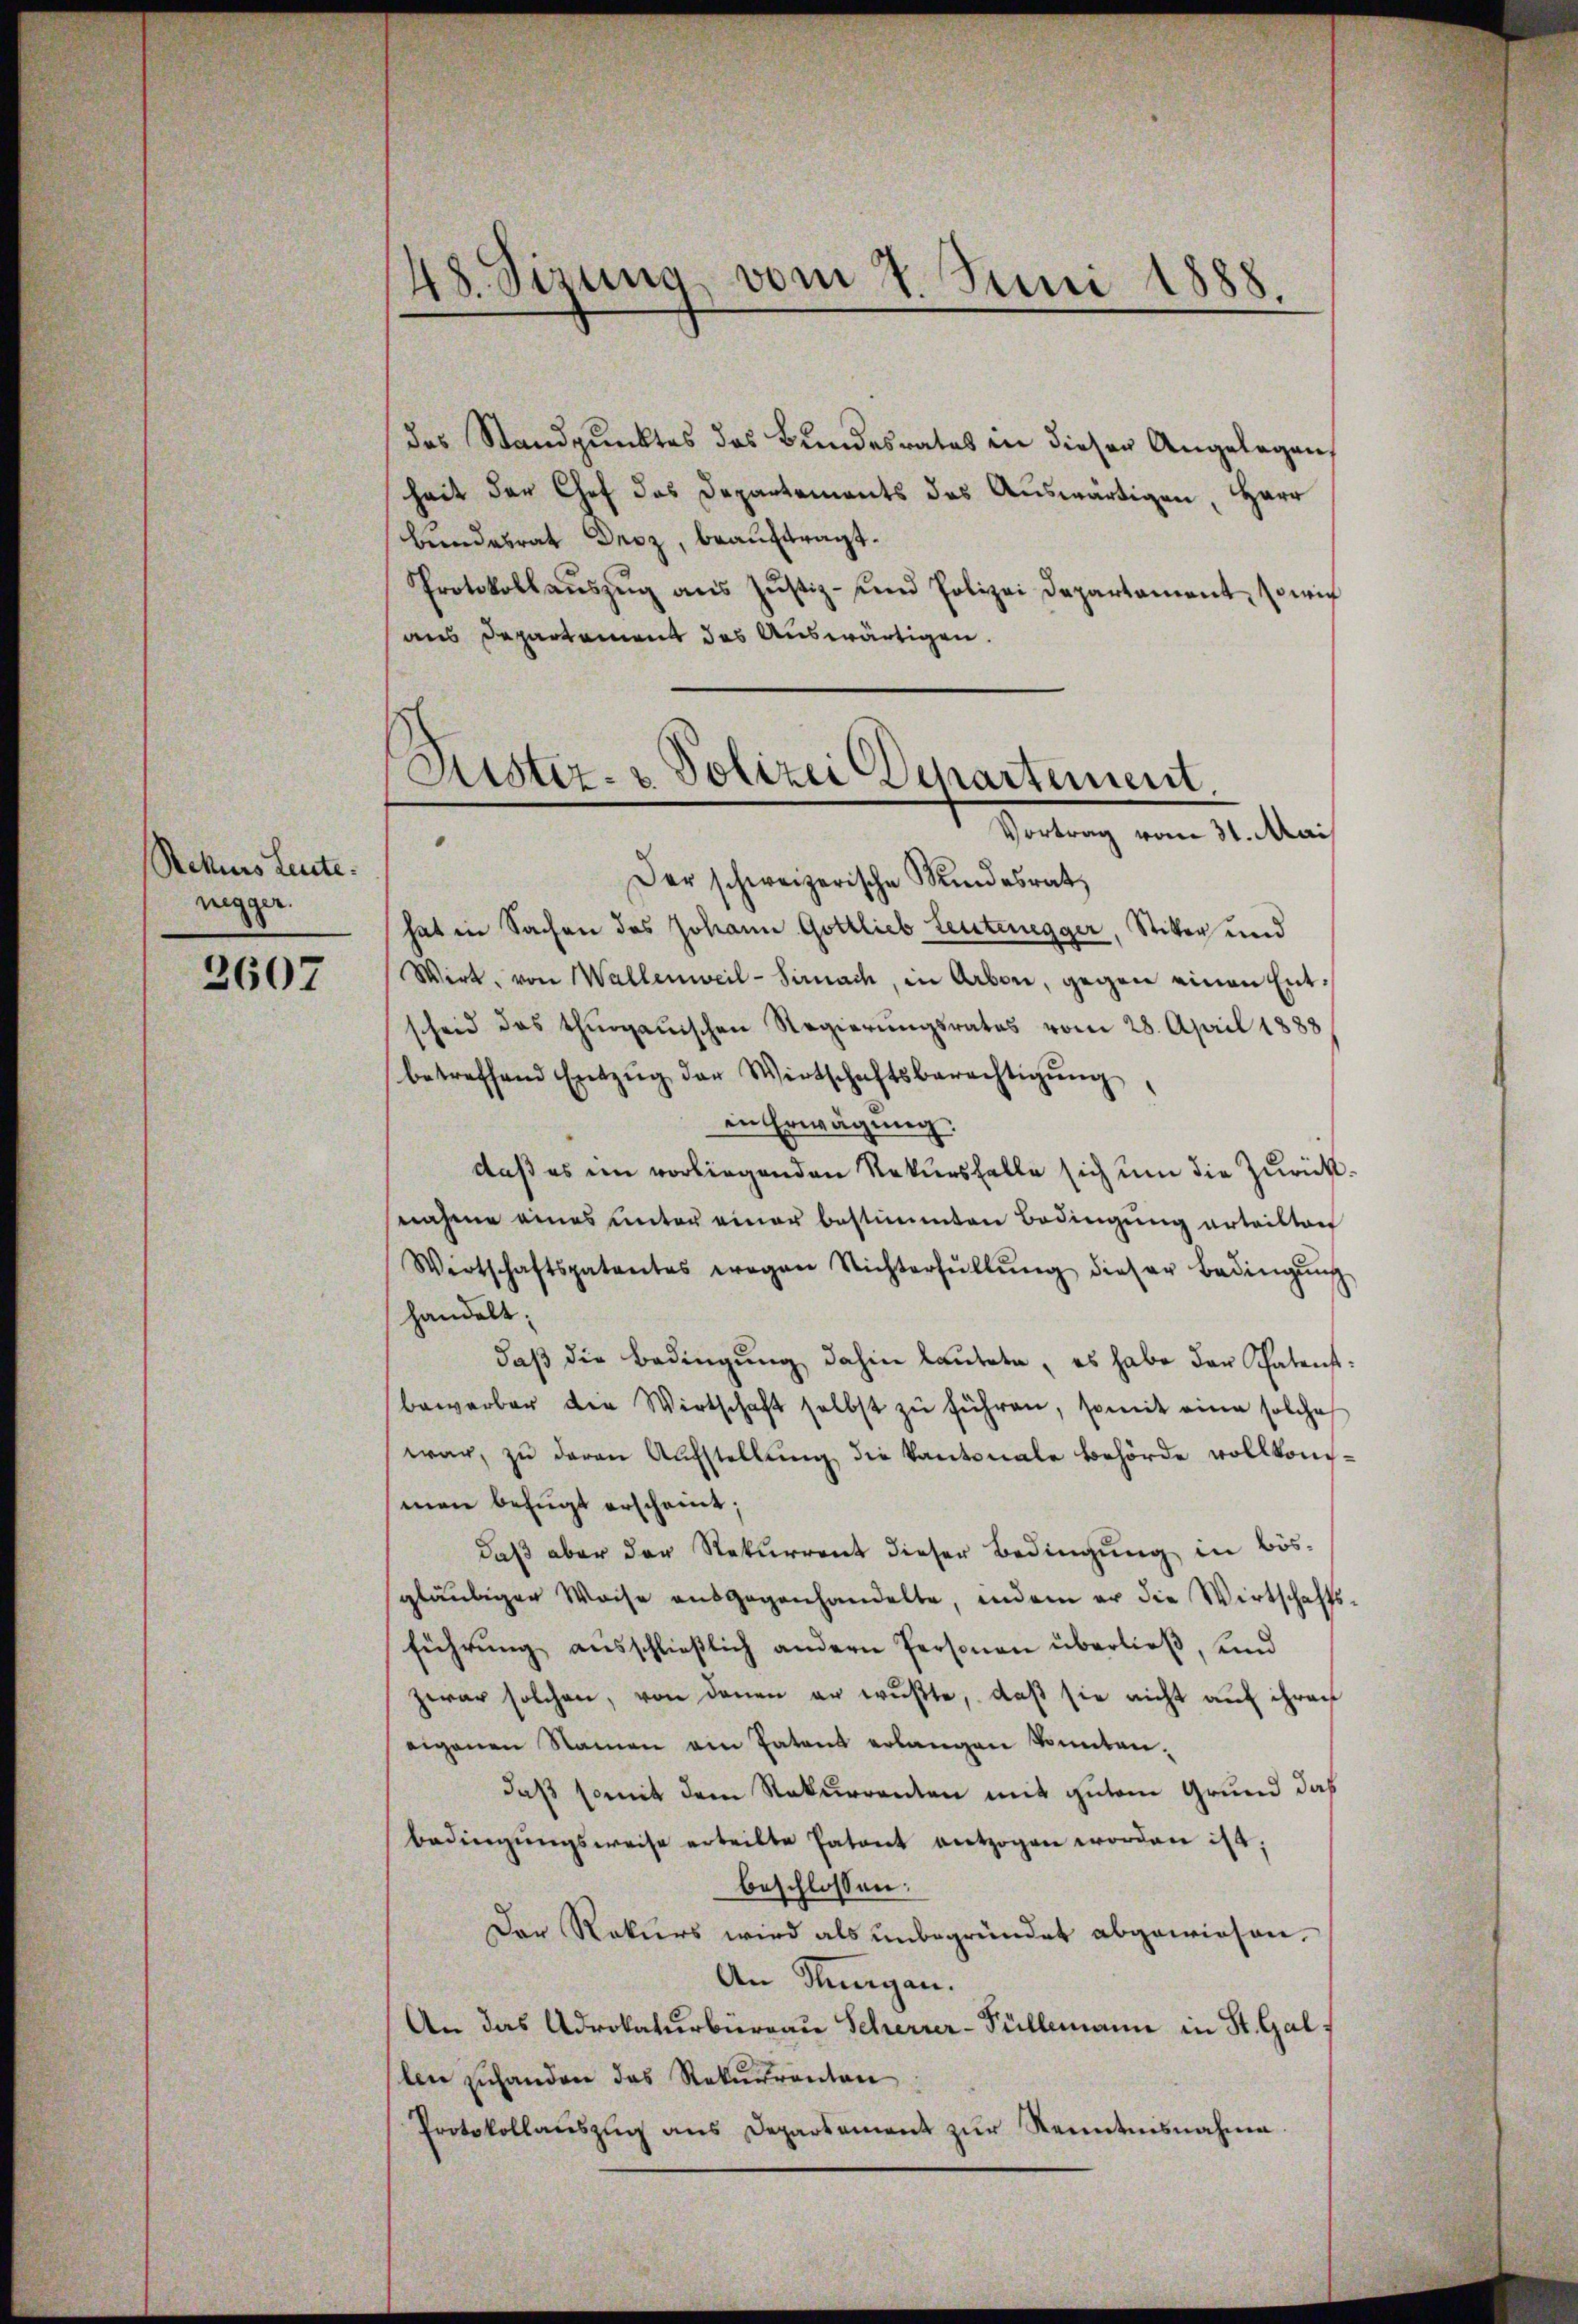
Rekurs Leute.
nigger.

3607

48. Sizung, vom 27. Juni 1888.

das Standpunktes des Bundesrates in dieser Angelegen
heit der Chef das Departements das Auswärtigen, Herr
Bundesrat Droz, beauftragt.
Protokollaŭszŭg ans Jŭstiz- und Polizei Departament wich
aus Departement des Auswärtigen.
.
Der schweizerische Kindesrat
hat in Sachen des Johann Gottlieb Leutenegger, Sitter und
Wirt, von Wallenweil-Sirnach, in Arbon, gegen einen Entscheid das thurgauischen Regierungsrates vom 28. April 1888
betreffend Entzŭg der Wirtschaftsberechtigŭng
in Erwägung.
daß es im vorliegenden Rekursfalle sich um die Zurück
nahme eines unter einer bestimmten Bedingung erteilten
Wirtschaftspatentes wegen Nichterfüllŭng dieser Bedingŭng
handelt;
daβ die Bedingung dahin lautete, es habe der Schatent.
bewerber die Wirtschaft selbst zŭ führen, somit eine solche
war, zu daran Aŭfstellŭng die Kantonale Behörde vollkomman befugt erscheint;
daß aber der Rekurrent dieser Bedingung in bösgläubiger Weise ausgegenhandelte, indem er die Wirtschafts-
führung ausschließlich andern Personen überließ, und
zwar solchen, von denen er wußte, daß sie nicht auf ihren
eigenen Namen ein Patent erlangen konnten.
daß somit dem Rekurrenten mit gutem Grund daß
bedingŭngsweise erteilte Patent entzogen worden ist;
beschlossen:
Der Rekurs wird als unbegründet abgewiesen.
An Stungen.
An das Advokaturburgau Scherrer-Füllemann in St. Gallen zuhandere das Rekurrenten
Protokollaŭszŭg ans Departament zŭr Kenntnisnahme

Puster- & Polizei Departement.
Vortrag vom 31. Mai